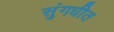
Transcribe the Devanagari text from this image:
सुंगधीत